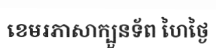
ខេមរភាសាក្បួនទ័ព ហៃថ្ងៃ